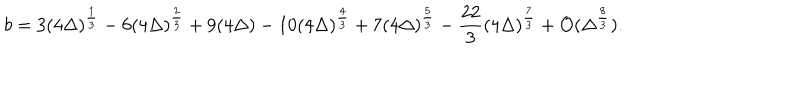
b = 3 ( 4 \Delta ) ^ { \frac { 1 } { 3 } } - 6 ( 4 \Delta ) ^ { \frac { 2 } { 3 } } + 9 ( 4 \Delta ) - 1 0 ( 4 \Delta ) ^ { \frac { 4 } { 3 } } + 7 ( 4 \Delta ) ^ { \frac { 5 } { 3 } } - \frac { 2 2 } { 3 } ( 4 \Delta ) ^ { \frac { 7 } { 3 } } + { \cal { O } } ( \Delta ^ { \frac { 8 } { 3 } } ) .